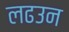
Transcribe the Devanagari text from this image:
लढउन